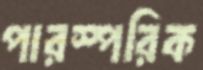
পারস্পরিক